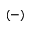
( - )